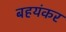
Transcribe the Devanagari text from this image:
बहयंकर